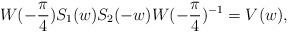
LaTeX: \begin{align*} W(-\frac{\pi}{4})S_{1}(w)S_{2}(-w) W(-\frac{\pi}{4})^{-1} = V(w),\end{align*}